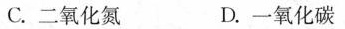
C.二氧化氮 D.一氧化碳